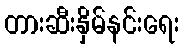
တားဆီးနှိမ်နင်းရေး